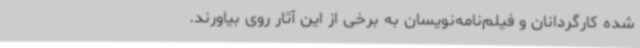
شده کارگردانان و فیلم‌نامه‌نویسان به برخی از این آثار روی بیاورند.